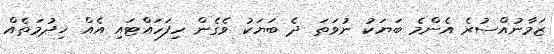
ޒަމާނުއްސުރެ އެންމެ ބަޔަކު ނުވަތަ ދެ ބަޔަކު ވެގެން ހިފަހައްޓައި އެއް ޚިދުމަތެއް